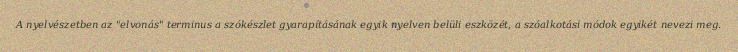
A nyelvészetben az "elvonás" terminus a szókészlet gyarapításának egyik nyelven belüli eszközét, a szóalkotási módok egyikét nevezi meg.